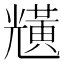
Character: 黋